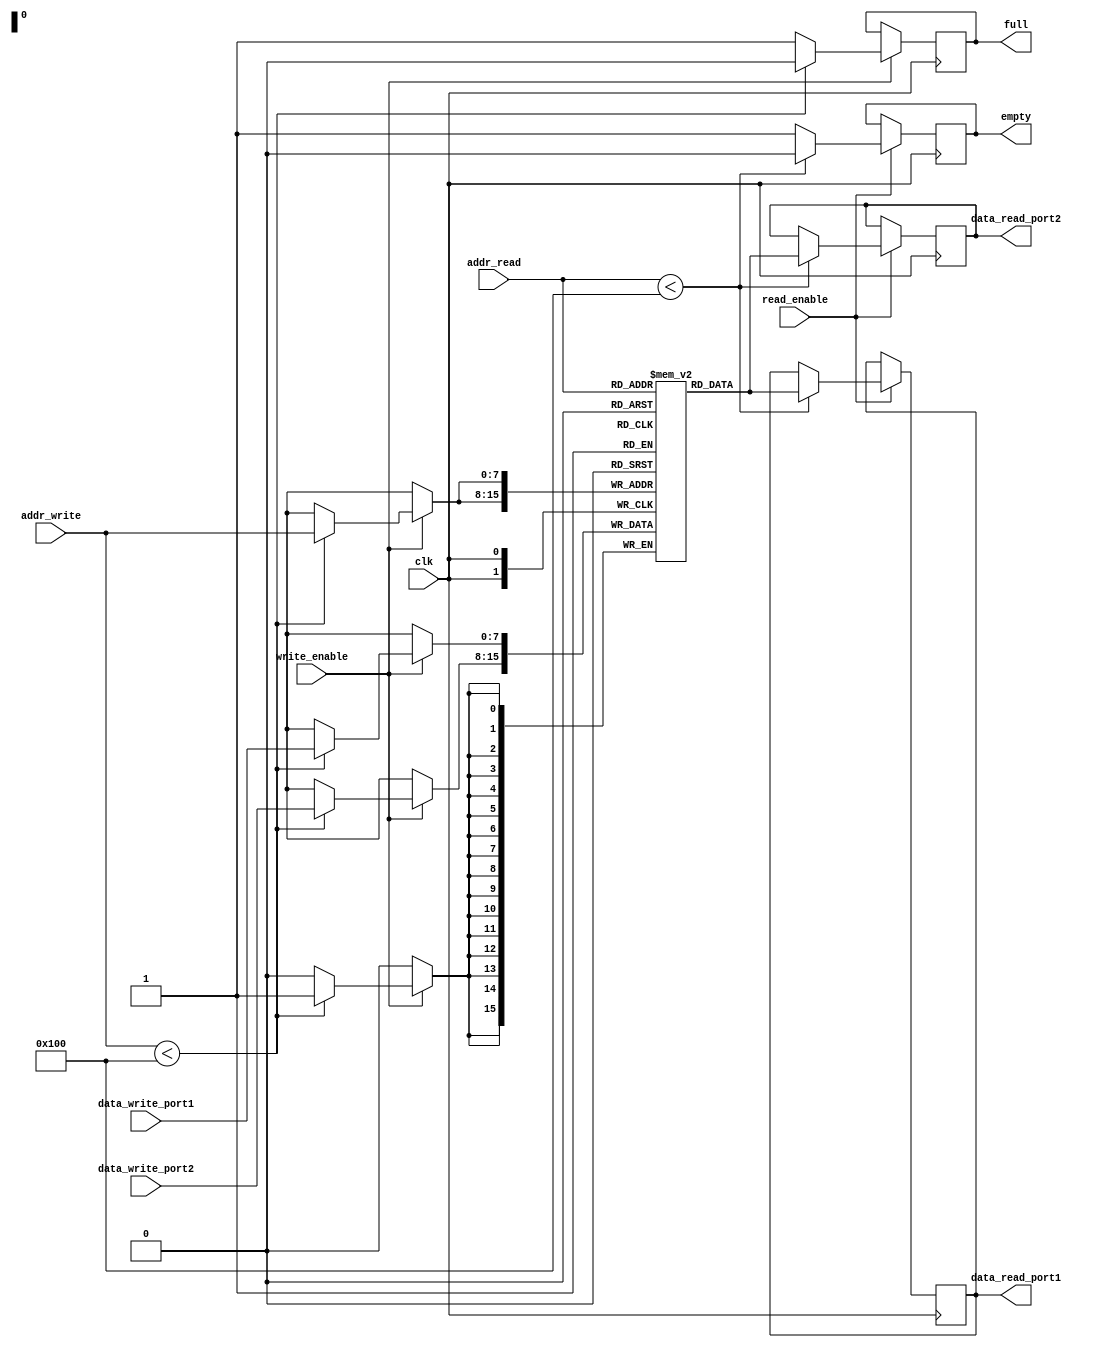
module dual_port_ram (
  input wire clk,
  input wire [7:0] addr_write,
  input wire [7:0] addr_read,
  input wire write_enable,
  input wire read_enable,
  input wire [7:0] data_write_port1,
  input wire [7:0] data_write_port2,
  output reg [7:0] data_read_port1,
  output reg [7:0] data_read_port2,
  output reg empty,
  output reg full
);

reg [7:0] memory [0:255];

always @(posedge clk) begin
  if (write_enable) begin
    if (addr_write < 256) begin
      memory[addr_write] <= data_write_port1;
      memory[addr_write] <= data_write_port2;
      full <= 0;
    end else begin
      full <= 1;
    end
  end

  if (read_enable) begin
    if (addr_read < 256) begin
      data_read_port1 <= memory[addr_read];
      data_read_port2 <= memory[addr_read];
      empty <= 0;
    end else begin
      empty <= 1;
    end
  end
end

endmodule